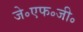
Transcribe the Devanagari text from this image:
जे॰एफ॰जी॰